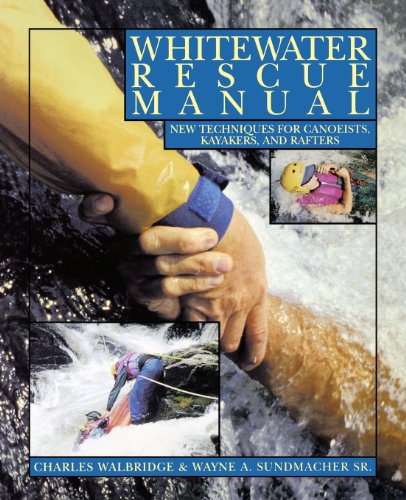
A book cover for Whitewater Rescue Manual: New Techniques for Canoeists, Kayakers, and Rafters; Charles Walbridge; Sports & Outdoors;